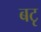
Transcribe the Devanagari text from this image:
बटृ